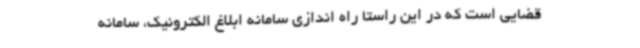
قضایی است که در این راستا راه اندازی سامانه ابلاغ الکترونیک، سامانه